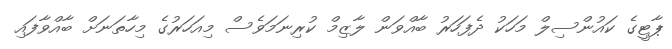
ޕާޓީގެ ކައުންސިލް މަހަކު ދެފަހަރު ބާއްވަން ލާޒިމް ކުރިނަމަވެސް މިއަހަރުގެ މިހާތަނަށް ބާއްވާފައި